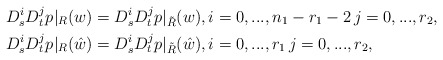
\begin{align*}&D^i_sD^j_tp\vert_{R}(w)=D^i_sD^j_tp\vert_{\tilde R}(w), i=0,...,n_1-r_1-2\,j=0,...,r_2, \\&D^i_sD^j_tp\vert_{R}(\hat w)=D^i_sD^j_tp\vert_{\tilde R}(\hat w), i=0,...,r_1\,j=0,...,r_2, \end{align*}